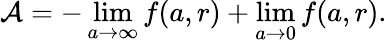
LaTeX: {\cal A}=-\operatorname*{lim}_{a\rightarrow\infty}f(a,r)+\operatorname*{lim}_{a\rightarrow 0}f(a,r).